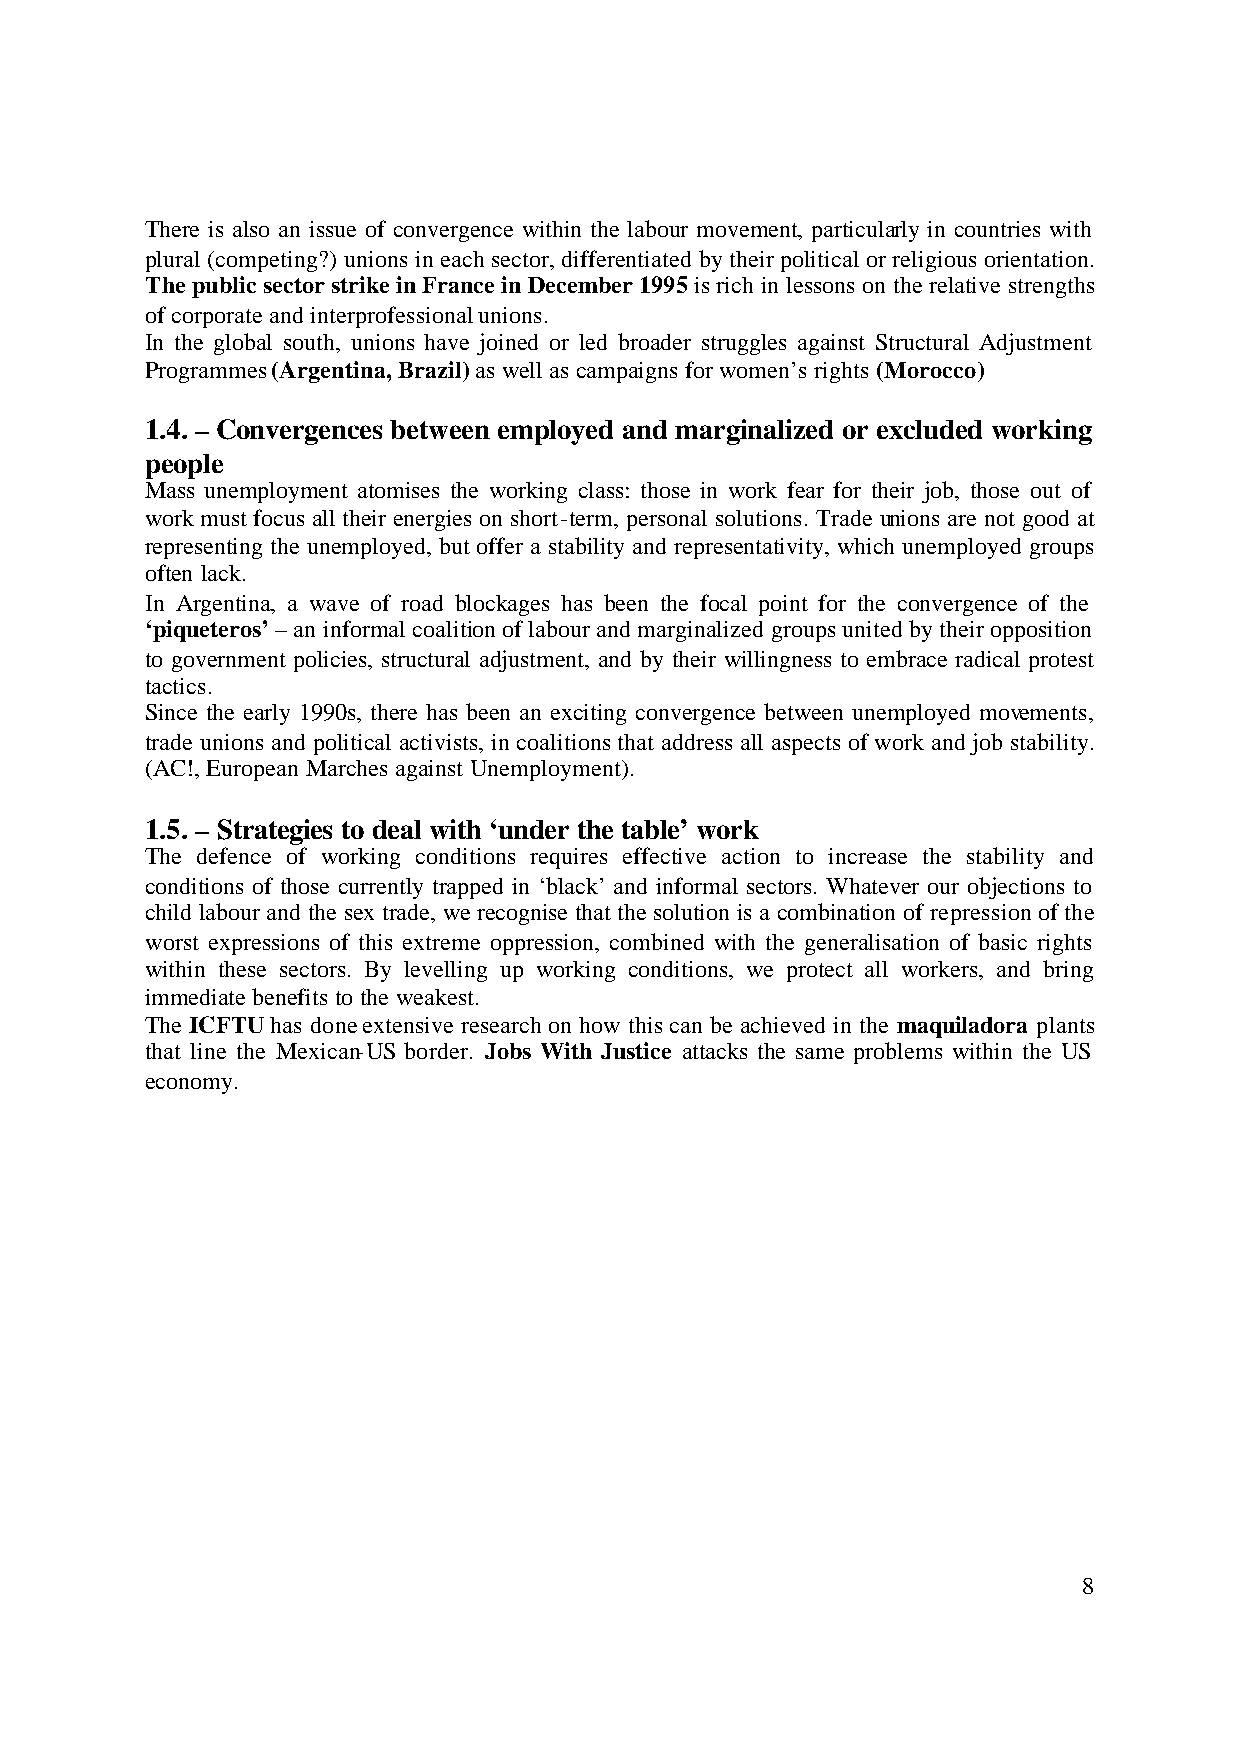
There is also an issue of convergence within the labour movement, particularly in countries with
 plural (competing?) unions in each sector, differentiated by their political or religious orientation.
 The public sector strike in France in December 1995 is rich in lessons on the relative strengths
 of corporate and interprofessional unions.
 In the global south, unions have joined or led broader struggles against Structural Adjustment
 Programmes (Argentina, Brazil) as well as campaigns for women’s rights (Morocco)
 1.4. – Convergences between employed and marginalized or excluded working
 people
 Mass unemployment atomises the working class: those in work fear for their job, those out of
 work must focus all their energies on short-term, personal solutions. Trade unions are not good at
 representing the unemployed, but offer a stability and representativity, which unemployed groups
 often lack.
 In Argentina, a wave of road blockages has been the focal point for the convergence of the
 ‘piqueteros’ – an informal coalition of labour and marginalized groups united by their opposition
 to government policies, structural adjustment, and by their willingness to embrace radical protest
 tactics.
 Since the early 1990s, there has been an exciting convergence between unemployed movements,
 trade unions and political activists, in coalitions that address all aspects of work and job stability.
 (AC!, European Marches against Unemployment).
 1.5. – Strategies to deal with ‘under the table’ work
 The defence of working conditions requires effective action to increase the stability and
 conditions of those currently trapped in ‘black’ and informal sectors. Whatever our objections to
 child labour and the sex trade, we recognise that the solution is a combination of repression of the
 worst expressions of this extreme oppression, combined with the generalisation of basic rights
 within these sectors. By levelling up working conditions, we protect all workers, and bring
 immediate benefits to the weakest.
 The ICFTU has done extensive research on how this can be achieved in the maquiladora plants
 that line the Mexican-US border. Jobs With Justice attacks the same problems within the US
 economy.
 8